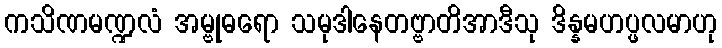
ကသိဏမဏ္ဍလံ အမ္ဗုဓရော သမုဒါနေတဗ္ဗာတိအာဒီသု ဒိန္နမဟပ္ဖလမာဟု